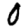
Digit: 0